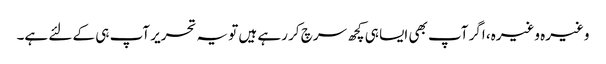
وغیرہ وغیرہ، اگر آپ بھی ایسا ہی کچھ سرچ کر رہے ہیں تو یہ تحریر آپ ہی کے لئے ہے۔